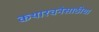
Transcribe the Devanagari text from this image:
कथारचनेसाठीचा